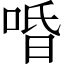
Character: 㖧